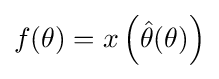
f(\theta )=x\left({\hat {\theta }}(\theta )\right)